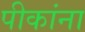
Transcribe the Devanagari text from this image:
पीकांना